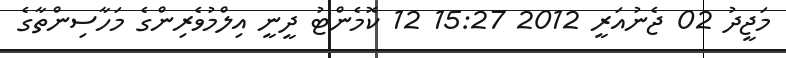
މަޖީދު 02 ޖެނުއަރީ 2012 15:27 12 ކޮމެންޓު ދީނީ އިލްމުވެރިންގެ މަހާސިންތާގެ